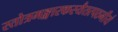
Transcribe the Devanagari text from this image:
स्तोत्रमङ्गारकस्यैतत्पठनीयं